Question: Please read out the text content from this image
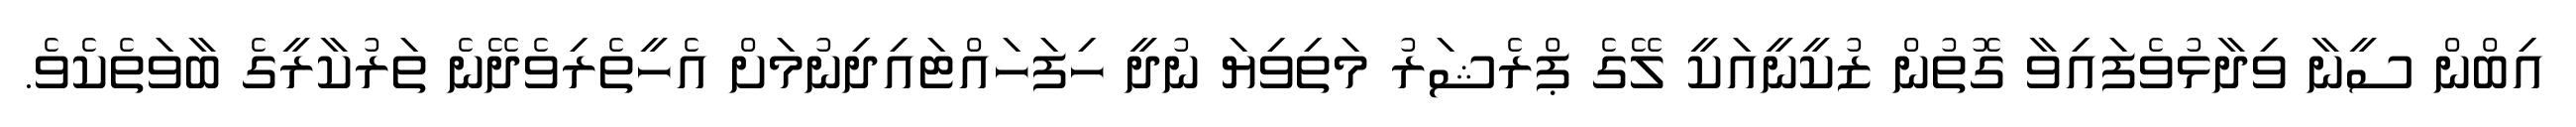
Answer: އިބްން ސީނާ ވިދާޅުވެފައިވާ ގޮތުން ޒުކީނީއަކީ ލޭގެ ޕްރެޝަރު މަތިވިޔަ ނުދީ ހިފަހައްޓައިދިނުމަށް އެހީތެރިވެދޭނެ ތަރުކާރީގެ ބާވަތެކެވެ.